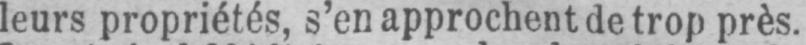
leurs propriétés, s’en approchent de trop près.